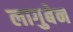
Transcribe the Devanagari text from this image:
लागुबेन